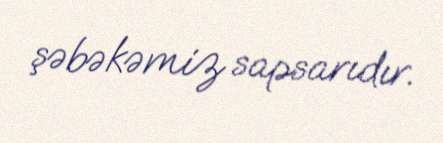
şəbəkəmiz sapsarıdır.